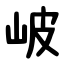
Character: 岥